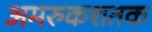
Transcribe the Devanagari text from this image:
अमरुकशतक